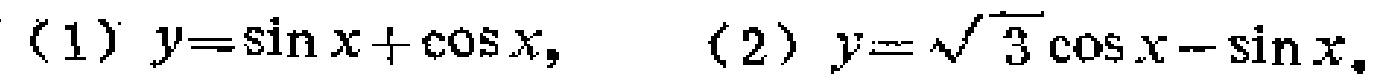
（1）$y = \sin x+\cos x$, （2）$y = \sqrt{3}\cos x-\sin x$.